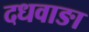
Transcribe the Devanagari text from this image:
दधवाङा